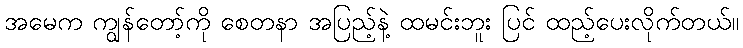
အမေက ကျွန်တော့်ကို စေတနာ အပြည့်နဲ့ ထမင်းဘူး ပြင် ထည့်ပေးလိုက်တယ်။